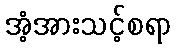
အံ့အားသင့်စရာ